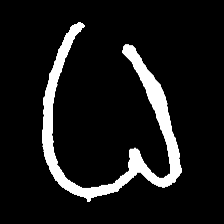
Pyu character \u2014 Myanmar letter: ဓ (romanized: dha)